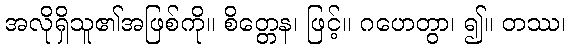
အလိုရှိသူ၏အဖြစ်ကို။ စိတ္တေန၊ ဖြင့်။ ဂဟေတွာ၊ ၍။ တဿ၊